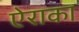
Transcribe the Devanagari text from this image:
ऐराका